Annual report of the Central Committee of the Association together with the report of the directors of the Pasteur Institute at Kasauli
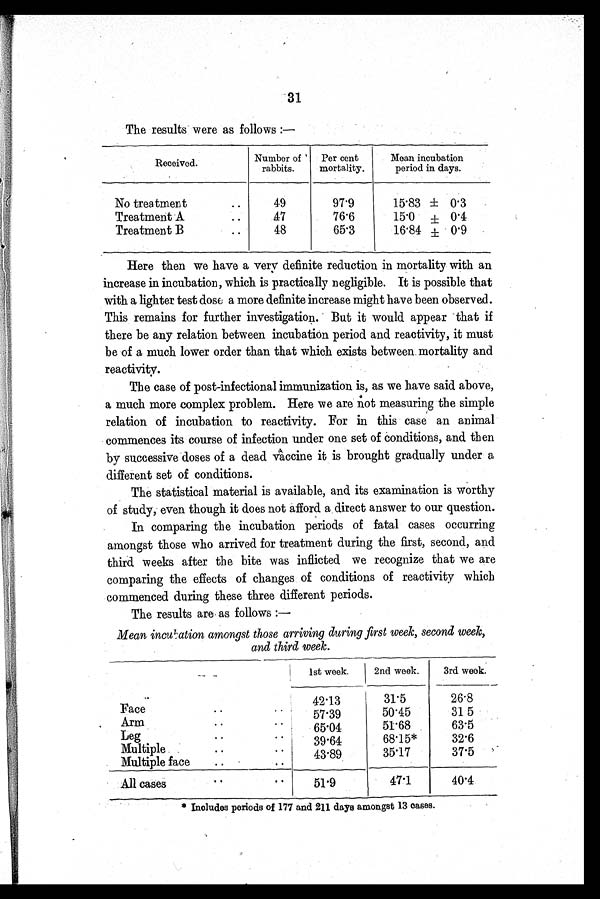
31
The results were as follows :—
Received.
Number of
rabbits.
Per cent
mortality.
Mean incubation
period in days.
No treatment. . .
4 9
97.9
15.83 ±
0.3
Treatment A...
47
76.6
15.0
±
0.4
Treatment B . . .
48
65.3
16.84 ±
0.9
Here then we have a very definite reduction in mortality with an
increase in incubation, which is practically negligible. It is possible that
with a lighter test dose a more definite increase might have been observed.
This remains for further investigation. But it would appear that if
there be any relation between incubation period and reactivity, it must
be of a much lower order than that which exists between mortality and
reactivity.
The case of post-infectional immunization is, as we have said above,
a much more complex problem. Here we are not measuring the simple
relation of incubation to reactivity. For in this case an animal
commences its course of infection under one set of conditions, and then
by successive doses of a dead vaccine it is brought gradually under a
different set of conditions.
The statistical material is available, and its examination is worthy
of study, even though it does not afford a direct answer to our question.
In comparing the incubation periods of fatal cases occurring
amongst those who arrived for treatment during the first, second, and
third weeks after the bite was inflicted we recognize that we are
comparing the effects of changes of conditions of reactivity which
commenced during these three different periods.
The results are as follows
:—
Mean incubation amongst those arriving during first week, second week,
and third week.
1st week.
2nd week.
3rd week.
Face . . .
42.13
31.5
26.8
57.39
50.45
31.5
Arm . . .
65.04
51.68
63.5
Leg . . .
39.64
68.15*
32.6
Multiple . . .
43.89
35.17
37.5
Multiple face . . .
All cases . . .
51.9
47.1
40.4
* Includes periods of 177 and 211 days amongst 13 cases.